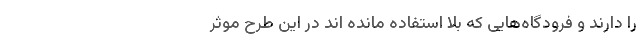
را دارند و فرودگاه‌هایی که بلا استفاده مانده اند در این طرح موثر